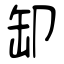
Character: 缷